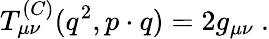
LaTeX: T_{\mu\nu}^{(C)}(q^{2},p\cdot q)=2g_{\mu\nu}\ .